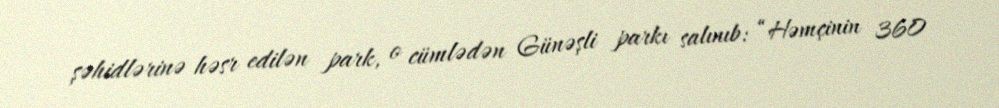
şəhidlərinə həsr edilən park, o cümlədən Günəşli parkı salınıb: “Həmçinin 360